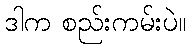
ဒါက စည်းကမ်းပဲ။